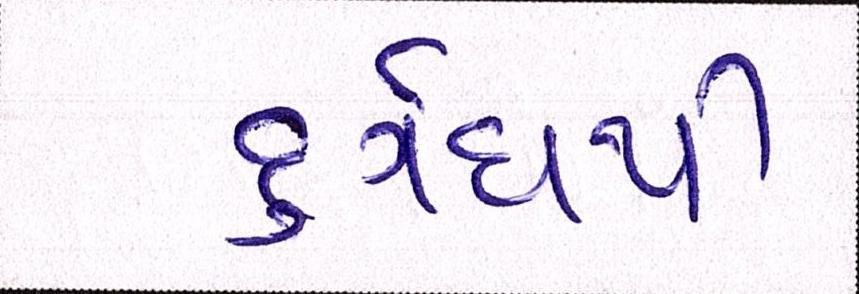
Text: દુર્ગંધથી